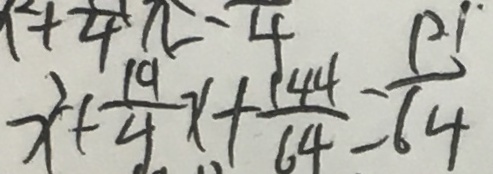
x ^ { 2 } + \frac { 1 9 } { 4 } x + \frac { 1 4 4 } { 6 4 } = \frac { 1 2 1 ^ { \cdot } } { 6 4 }